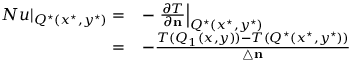
\begin{array} { r l } { \left. N u \right| _ { Q ^ { \star } ( x ^ { \star } , y ^ { \star } ) } = } & { - \left. \frac { \partial T } { \partial \mathbf { n } } \right| _ { Q ^ { \star } ( x ^ { \star } , y ^ { \star } ) } } \\ { = } & { - \frac { T ( Q _ { 1 } ( x , y ) ) - T ( Q ^ { \star } ( x ^ { \star } , y ^ { \star } ) ) } { \triangle \mathbf { n } } } \end{array}